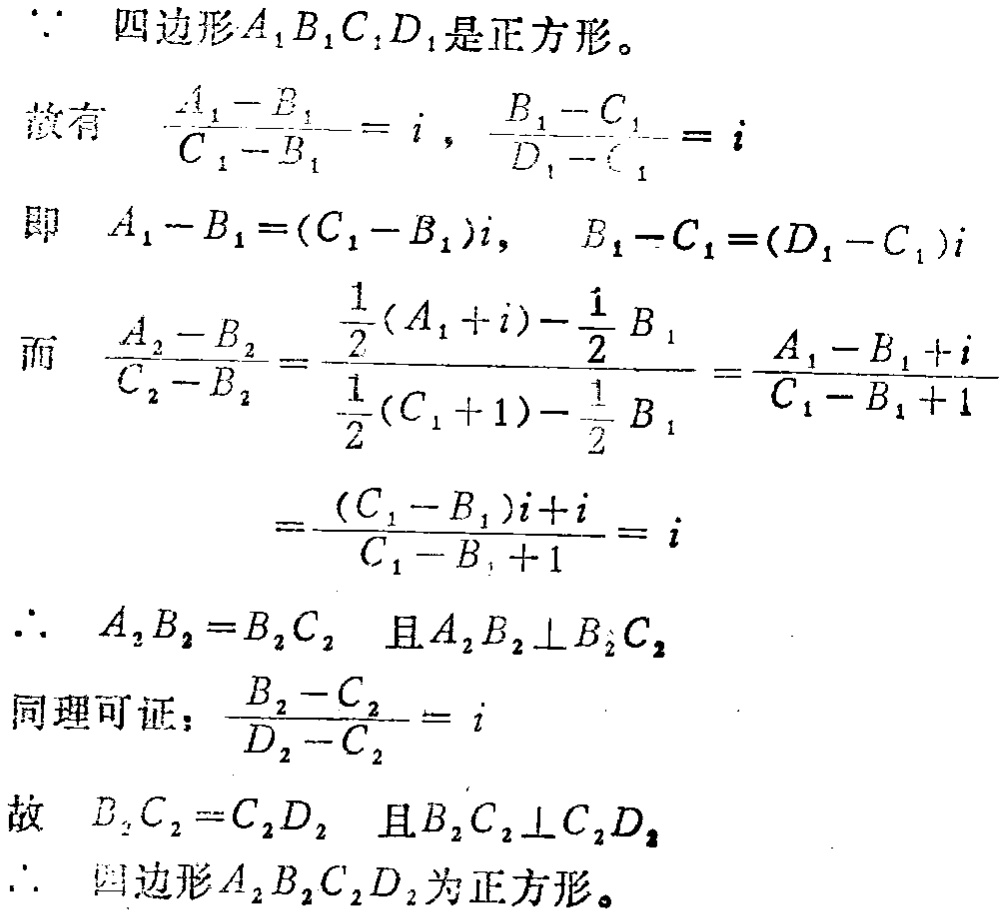
\(\because\) 四边形\(A_{1}B_{1}C_{1}D_{1}\)是正方形。
故有 \(\frac{A_{1}-B_{1}}{C_{1}-B_{1}} = i\)，\(\frac{B_{1}-C_{1}}{D_{1}-C_{1}} = i\)
即 \(A_{1}-B_{1}=(C_{1}-B_{1})i\)， \(B_{1}-C_{1}=(D_{1}-C_{1})i\)
而 \(\frac{A_{2}-B_{2}}{C_{2}-B_{2}}=\frac{\frac{1}{2}(A_{1}+i)-\frac{1}{2}B_{1}}{\frac{1}{2}(C_{1}+1)-\frac{1}{2}B_{1}}=\frac{A_{1}-B_{1}+i}{C_{1}-B_{1}+1}\)
\(=\frac{(C_{1}-B_{1})i + i}{C_{1}-B_{1}+1}=i\)
\(\therefore\) \(A_{2}B_{2}=B_{2}C_{2}\) 且 \(A_{2}B_{2}\perp B_{2}C_{2}\)
同理可证：\(\frac{B_{2}-C_{2}}{D_{2}-C_{2}} = i\)
故 \(B_{2}C_{2}=C_{2}D_{2}\) 且 \(B_{2}C_{2}\perp C_{2}D_{2}\)
\(\therefore\) 四边形\(A_{2}B_{2}C_{2}D_{2}\)为正方形。